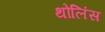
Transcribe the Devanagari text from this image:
थोलिंस